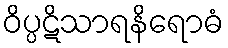
ဝိပ္ပဋိသာရနိရောဓံ